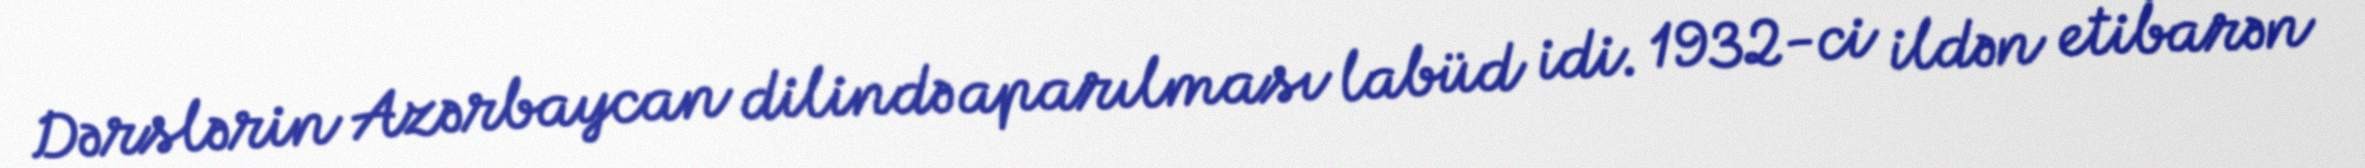
Dərslərin Azərbaycan dilində aparılması labüd idi. 1932-ci ildən etibarən